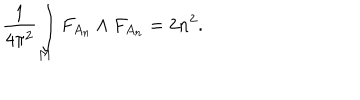
LaTeX: { \frac { 1 } { 4 \pi ^ { 2 } } } \int _ { M } F _ { A _ { n } } \wedge F _ { A _ { n } } = 2 n ^ { 2 } .